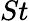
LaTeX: St